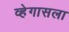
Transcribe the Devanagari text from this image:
व्हेगासला